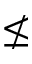
\nleq